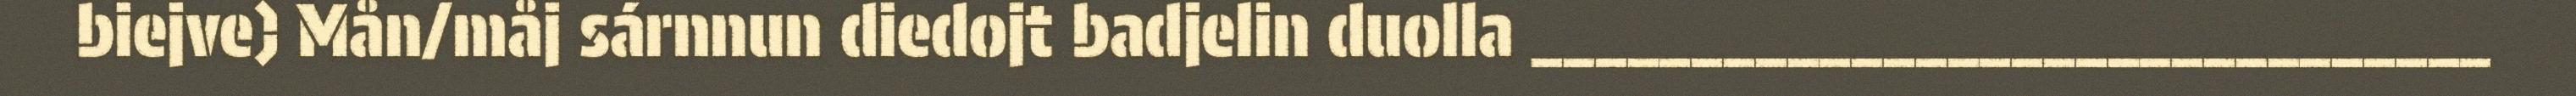
biejve) Mån/måj sárnnun diedojt badjelin duolla ______________________________